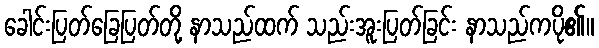
ခေါင်းပြတ်ခြေပြတ်တို့ နာသည်ထက် သည်းအူးပြတ်ခြင်း နာသည်ကပို၏။